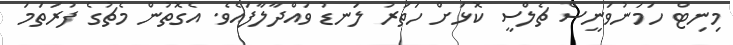
މިނިޓް ހަމަނުވަނީސް ޗެލްސީ ކޮޅަށް ހަތަރު ލަނޑު ވައްދާލާފައެވެ. އެގޮތުން މެޗުގެ ފުރަތަމަ